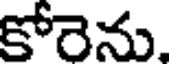
కోరెను.